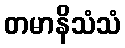
တမာနိသံသံ